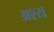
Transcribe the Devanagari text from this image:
अश्य